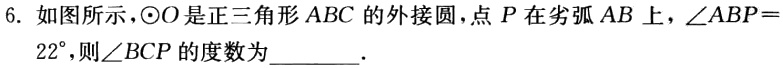
6. 如图所示，$\odot O$是正三角形$ABC$的外接圆，点$P$在劣弧$AB$上，$\angle ABP = 22^{\circ}$，则$\angle BCP$的度数为________．